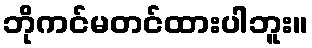
ဘိုကင်မတင်ထားပါဘူး။